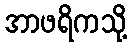
အာဖရိကသို့